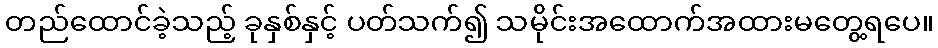
တည်ထောင်ခဲ့သည့် ခုနှစ်နှင့် ပတ်သက်၍ သမိုင်းအထောက်အထားမတွေ့ရပေ။